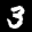
Label: 3